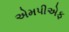
એમપીએફ